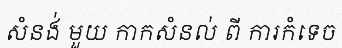
សំនង់ មួយ កាកសំនល់ ពី ការកំទេច